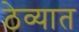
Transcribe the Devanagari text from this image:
ठेव्यात